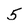
Character: 5